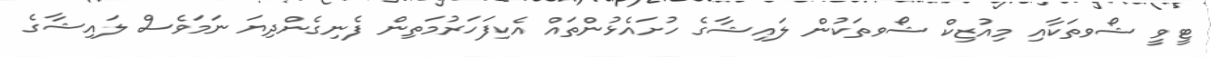
ޓީވީ ޝޯވތަކާއި މިއުޒިކް ޝޯވތަކުން ލައިޝާގެ ހުށައެޅުންތައް އެކިފަހަރުމަތިން ފެނިގެންދިޔަ ނަމަވެސް ލައިޝާގެ